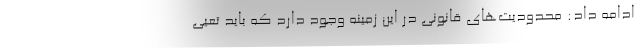
ادامه داد: محدودیت‌های قانونی در این زمینه وجود دارد که باید تعیی